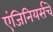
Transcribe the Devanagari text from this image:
एंजिनियर्सचे